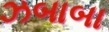
ઝબાબા